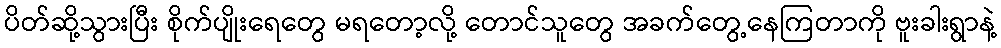
ပိတ်ဆို့သွားပြီး စိုက်ပျိုးရေတွေ မရတော့လို့ တောင်သူတွေ အခက်တွေ့နေကြတာကို ဗူးခါးရွာနဲ့